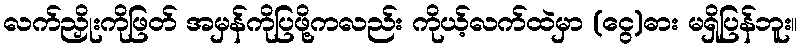
လက်ညှိုးကိုဖြတ် အမှန်ကိုပြဖို့ကလည်း ကိုယ့်လက်ထဲမှာ (ငွေ)ဓား မရှိပြန်ဘူး။